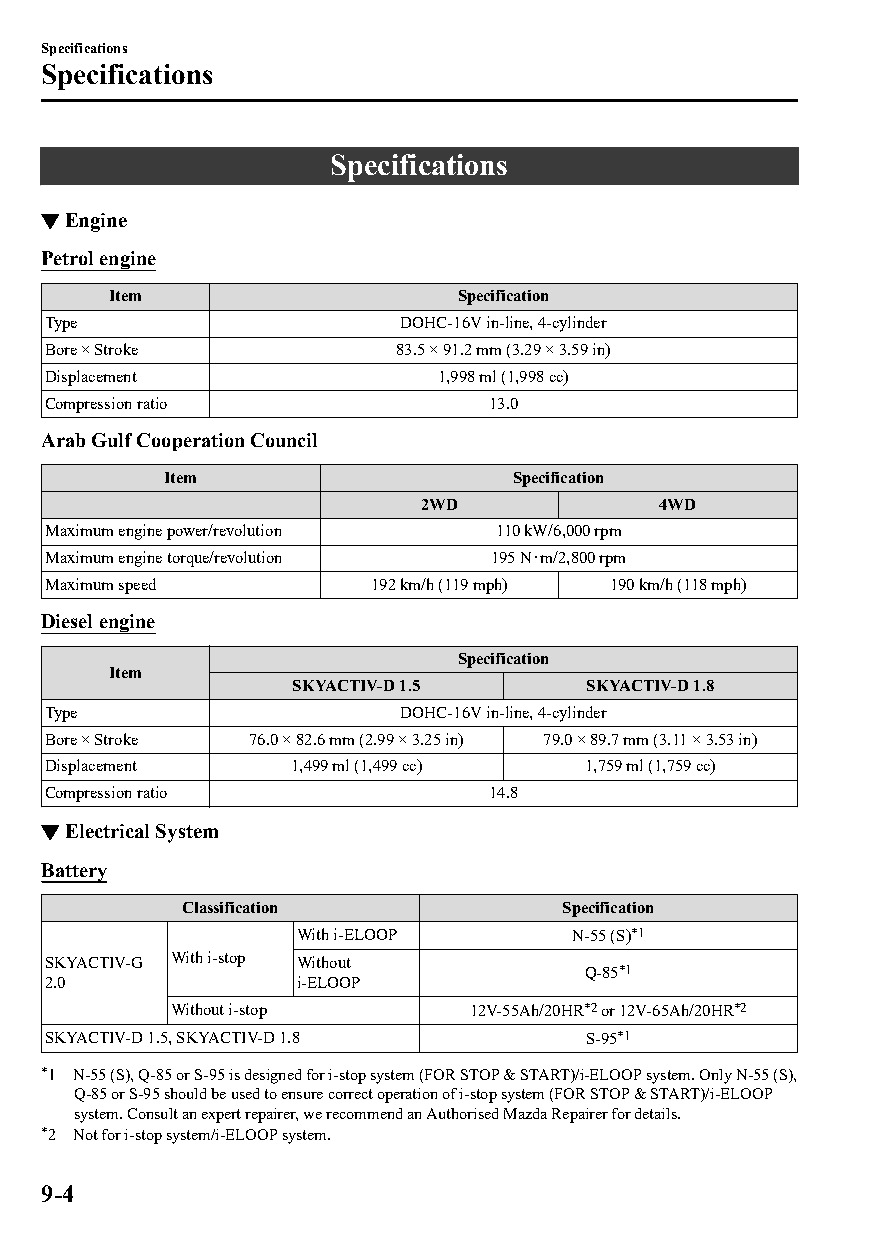
Specifications
 Specifications
 Specifications
 ▼Engine
 Petrol engine
 Item                   Specification
 Type                   DOHC-16V in-line, 4-cylinder
 Bore × Stroke          83.5 × 91.2 mm (3.29 × 3.59 in)
 Displacement              1,998 ml (1,998 cc)
 Compression ratio            13.0
 Arab Gulf Cooperation Council
 Item                   Specification
 2WD            4WD
 Maximum engine power/revolution 110 kW/6,000 rpm
 Maximum engine torque/revolution 195 N･m/2,800 rpm
 Maximum speed        192 km/h (119 mph) 190 km/h (118 mph)
 Diesel engine
 Specification
 Item
 SKYACTIV-D 1.5      SKYACTIV-D 1.8
 Type                   DOHC-16V in-line, 4-cylinder
 Bore × Stroke 76.0 × 82.6 mm (2.99 × 3.25 in) 79.0 × 89.7 mm (3.11 × 3.53 in)
 Displacement    1,499 ml (1,499 cc) 1,759 ml (1,759 cc)
 Compression ratio            14.8
 ▼Electrical System
 Battery
 Classification           Specification
 With i-ELOOP       N-55 (S)*1
 SKYACTIV-G With i-stop Without
 Q-85*1
 2.0             i-ELOOP
 Without i-stop      12V-55Ah/20HR*2 or 12V-65Ah/20HR*2
 SKYACTIV-D 1.5, SKYACTIV-D 1.8      S-95*1
 *1 N-55 (S), Q-85 or S-95 is designed for i-stop system (FOR STOP & START)/i-ELOOP system. Only N-55 (S),
 Q-85 or S-95 should be used to ensure correct operation of i-stop system (FOR STOP & START)/i-ELOOP
 system. Consult an expert repairer, we recommend an Authorised Mazda Repairer for details.
 *2 Not for i-stop system/i-ELOOP system.
 9-4
 CX-3_8GT4-EE-18D_Edition4                  2018-9-6 18:32:19